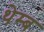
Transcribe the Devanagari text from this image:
थेम्ब